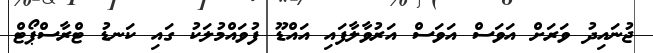
ޖުނައިދު ވަރަށް އަވަސް އަވަސް އަރުވާލާފައި އައްޑޫ ފުވައްމުލަކު ގައި ކަނޑު ޓްރާސްޕޯޓް